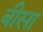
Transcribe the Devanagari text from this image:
बीसा